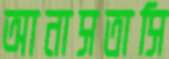
আনাসতাসি